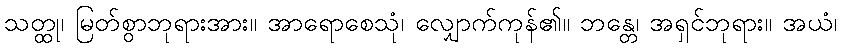
သတ္ထု၊ မြတ်စွာဘုရားအား။ အာရောစေသုံ၊ လျှောက်ကုန်၏။ ဘန္တေ၊ အရှင်ဘုရား။ အယံ၊